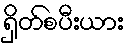
ရှိတ်စပီးယား